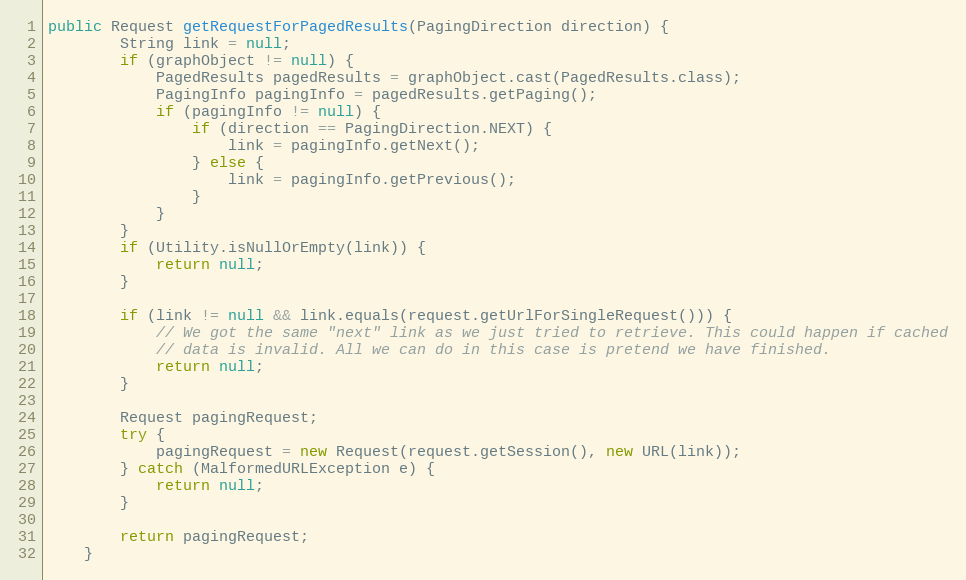
Language: Java
public Request getRequestForPagedResults(PagingDirection direction) {
        String link = null;
        if (graphObject != null) {
            PagedResults pagedResults = graphObject.cast(PagedResults.class);
            PagingInfo pagingInfo = pagedResults.getPaging();
            if (pagingInfo != null) {
                if (direction == PagingDirection.NEXT) {
                    link = pagingInfo.getNext();
                } else {
                    link = pagingInfo.getPrevious();
                }
            }
        }
        if (Utility.isNullOrEmpty(link)) {
            return null;
        }

        if (link != null && link.equals(request.getUrlForSingleRequest())) {
            // We got the same "next" link as we just tried to retrieve. This could happen if cached
            // data is invalid. All we can do in this case is pretend we have finished.
            return null;
        }

        Request pagingRequest;
        try {
            pagingRequest = new Request(request.getSession(), new URL(link));
        } catch (MalformedURLException e) {
            return null;
        }

        return pagingRequest;
    }